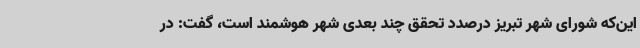
این‌که شورای شهر تبریز درصدد تحقق چند بعدی شهر هوشمند است، گفت: در